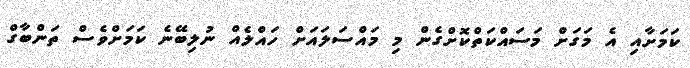
ކަމަށާއި އެ މަގަށް މަސައްކަތްކޮށްގެން މި މައްސަލައަށް ހައްލެއް ނުލިބޭނެ ކަމަށްވެސް ތަންބާގް